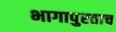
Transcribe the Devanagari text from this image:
भागापुरताच